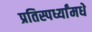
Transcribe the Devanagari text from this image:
प्रतिस्पर्ध्यांमधे